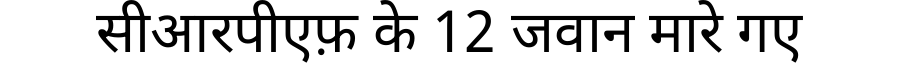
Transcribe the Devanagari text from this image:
सीआरपीएफ़ के 12 जवान मारे गए